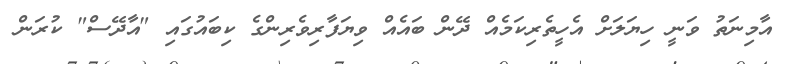
އާމިނަތު ވަނީ ހިޔަލަށް އެހީތެރިކަމެއް ދޭން ބައެއް ވިޔަފާރިވެރިންގެ ކިބައުގައި "އާދޭސް" ކުރަން